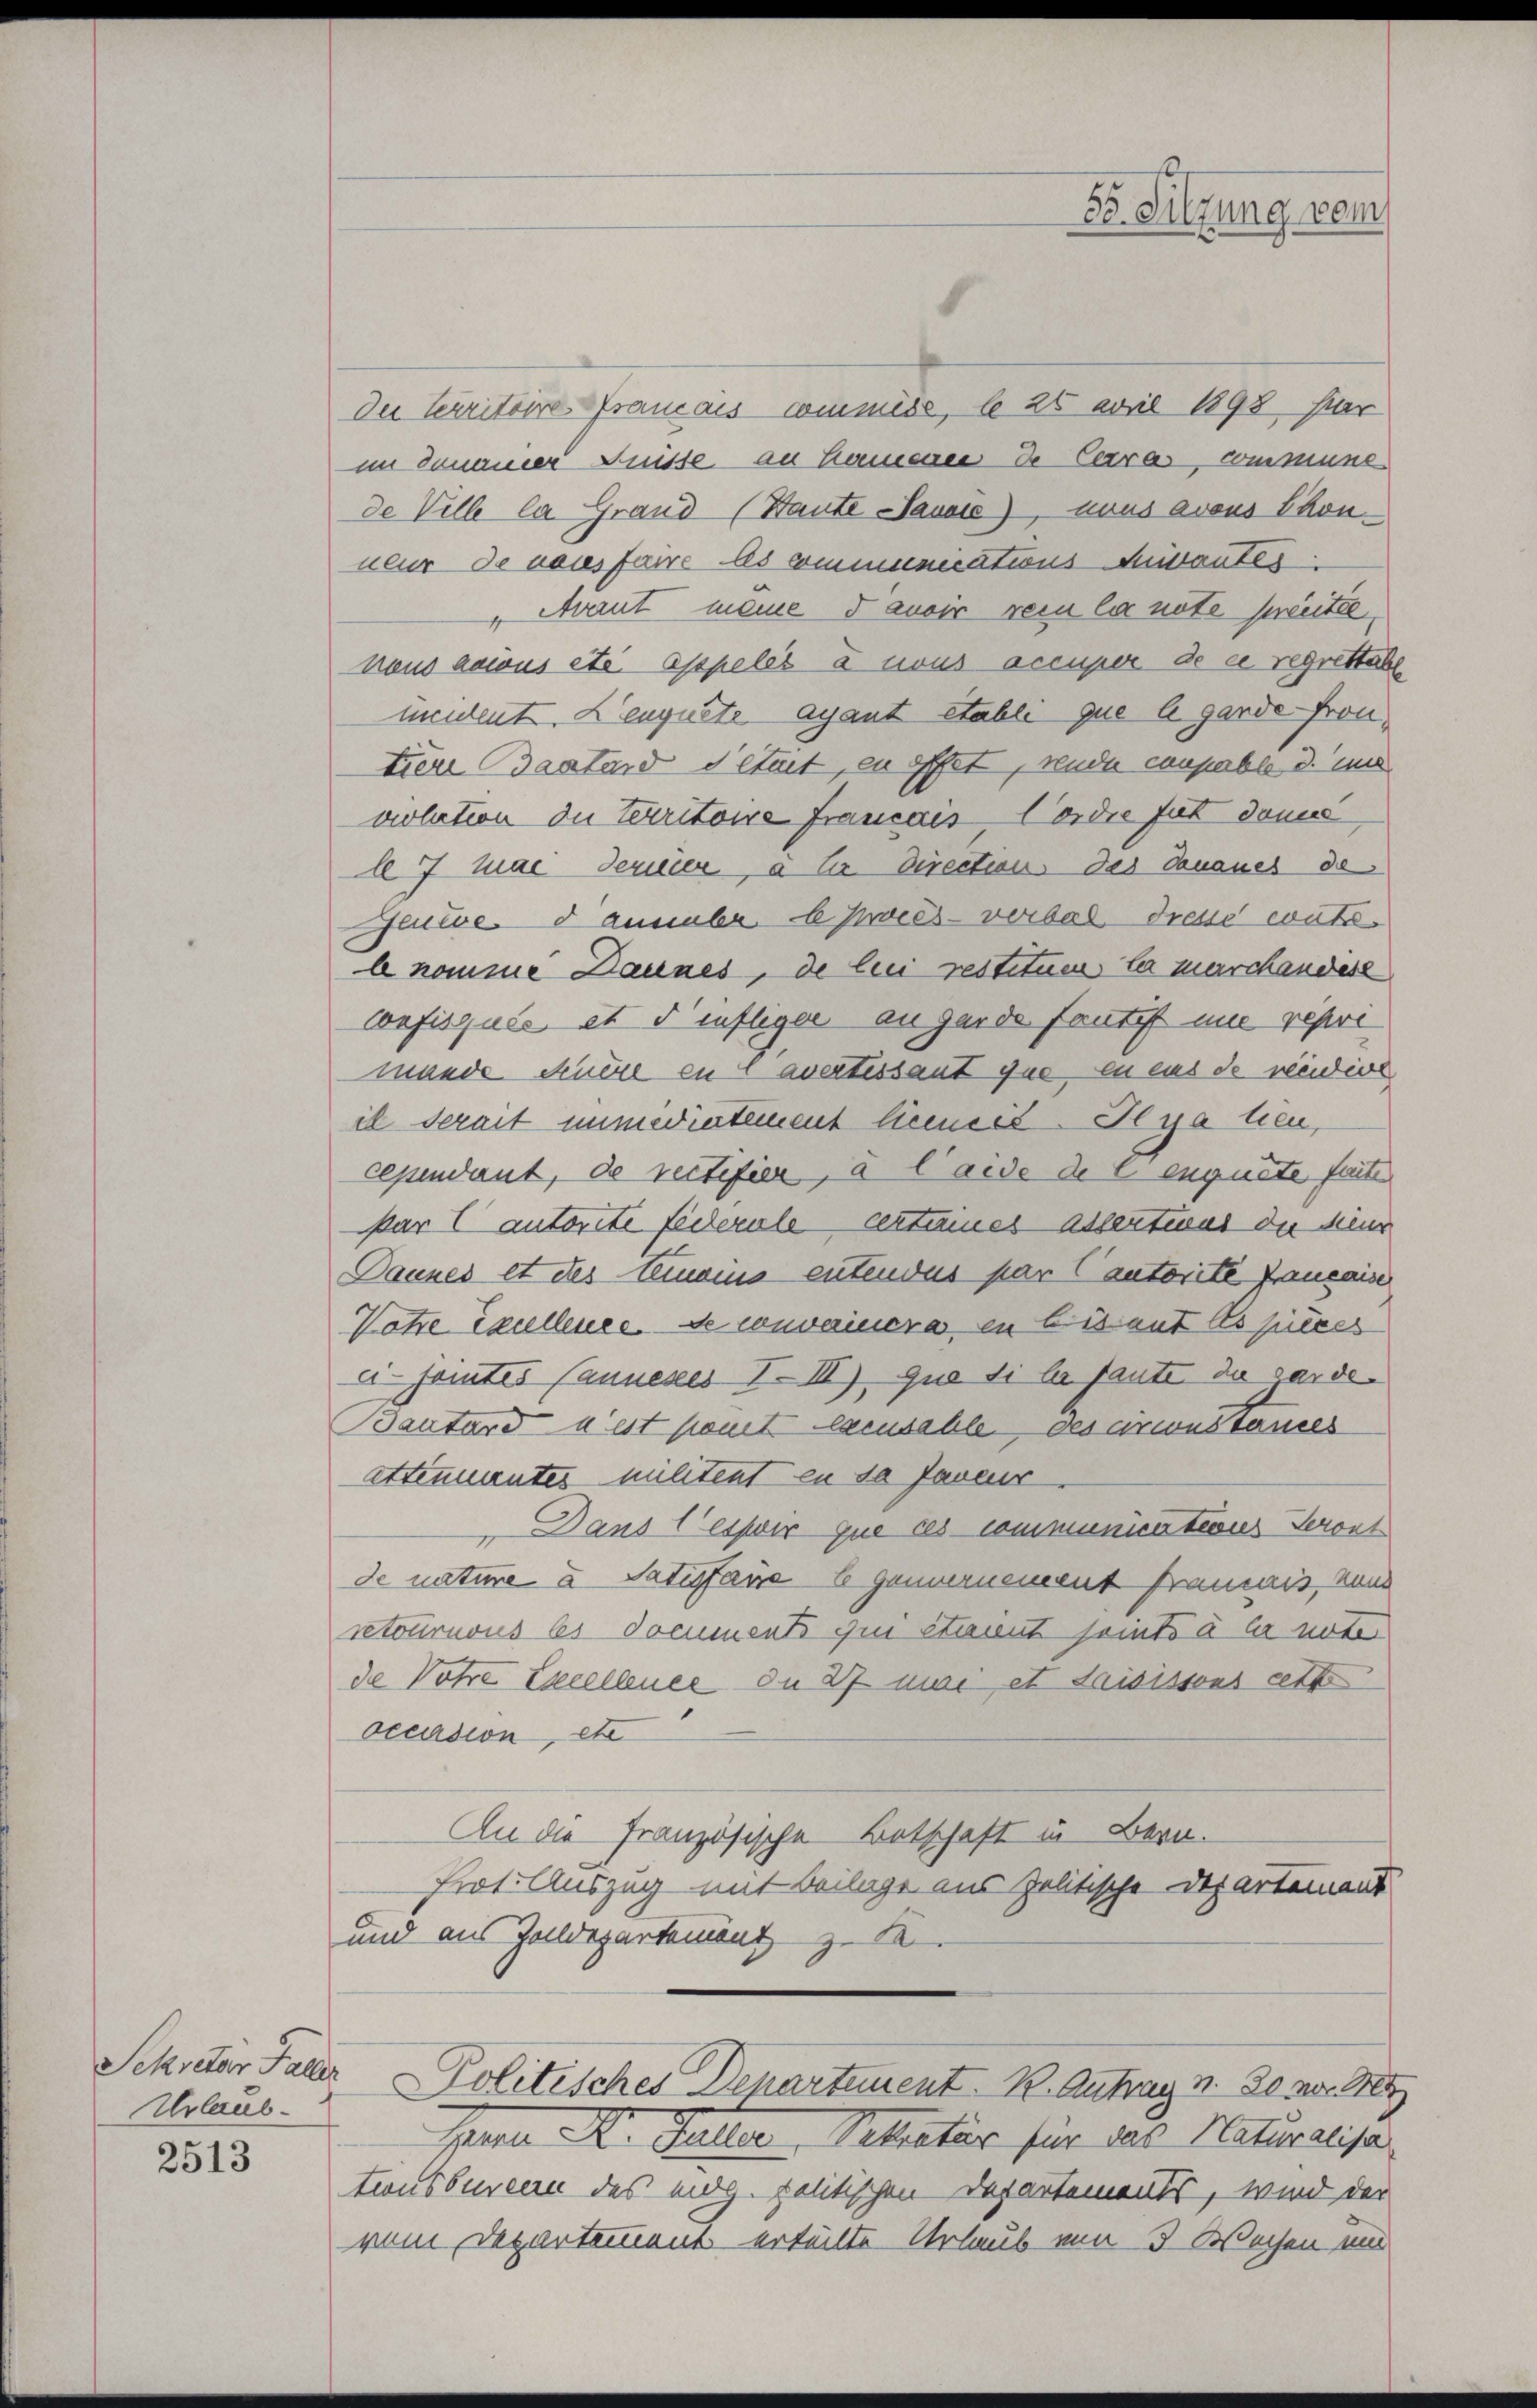
Urlaub¬

2513

Der Verritoire Francois commiss, le 25 ail 1898 par
im genauer Fusse an Hamere de Caras, commune
de Ville la Grand (Baute Sausse), nous avous Thonneur de neues faire les communications-Mibautes
" Avant meine dauoir rein la note preeitée
nous nacus etc. Appelés à nous accuper de ce regrittabe
undent. Leugnete, ayant etabli que le garde. Frontien Baatard detait, en offet, rende coupable d. und
violation die Territoire français, ordre für dann
le 7 Mai Ferier, a Er Direction das Donaues de
Getve. Dammba 6 Zorès-verbal dresse ents
l nomme Daunes, de bei restituer la marchandes
Confisquée et d infliger an garde fantist nie repre
mande Feuere en t avertissant que en aus de reinige
il serait immerintement liemit. Il ya tien,
cependant, de rectifier, à laide de lengute seite
kar Cantorite federale certaines assertient die Meine
Pauzes et des Eimoins entendes par lautorite Francaiser
Votre Exuellence de convaincra in bisant es pieces
eisamtes Pannenes I. III) que si la faute da sarde¬
Bantars n’est komt ebensable des circonst es
attenmantes militent en sa faveur
Dans les vir que ces communicationes Seront
de nature a Satisfaire legenvernement Fraunis, von
retournous les domments qui étaient seints à la not
de Vohre Excellence du 27 mari et saisissons cette
occasion, etc
An die Französische Betschaft in Bern.
Prot. Auszug mit Beilage aus politische Departement
und aus Zolldepartement zu K
Sekretär Faller Politisches Departement K. Antrag u. den
Hesser A. Butter Sekretär für das Naturalisa
tionsbureau des eidg. politischen Departements, wird der
vom Departement erteilte Urlaub von 3 Wochen und

88. Sitzung vom